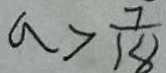
a > \frac { 7 } { 1 8 }